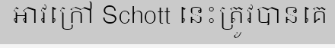
អាវក្រៅ Schott នេះត្រូវបានគេ